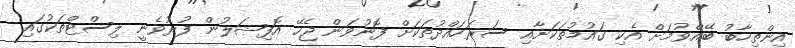
އިންތިހާބު ބޭއްވުމަށް އެކި ގައުމުތަކަށާއި ސަރަހައްދުތަކަށް ފޮނުވަން ޖެހޭ އޮފިޝަލުން ފުރުވެނީ ލިސްޓްތަކުގައި